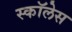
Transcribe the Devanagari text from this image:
स्कॉलेस